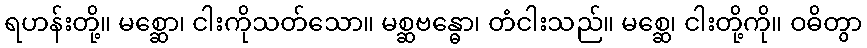
ရဟန်းတို့။ မစ္ဆော၊ ငါးကိုသတ်သော။ မစ္ဆဗန္ဓော၊ တံငါးသည်။ မစ္ဆေ၊ ငါးတို့ကို။ ဝဓိတွာ